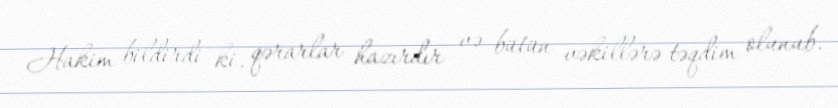
Hakim bildirdi ki, qərarlar hazırdır və bütün vəkillərə təqdim olunub.